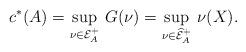
LaTeX: \begin{align*}c^*(A)=\sup_{\nu\in\mathcal E^+_A}\,G(\nu)=\sup_{\nu\in\widehat{\mathcal E}^+_A}\,\nu(X).\end{align*}